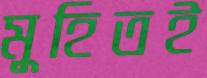
মুহিতই